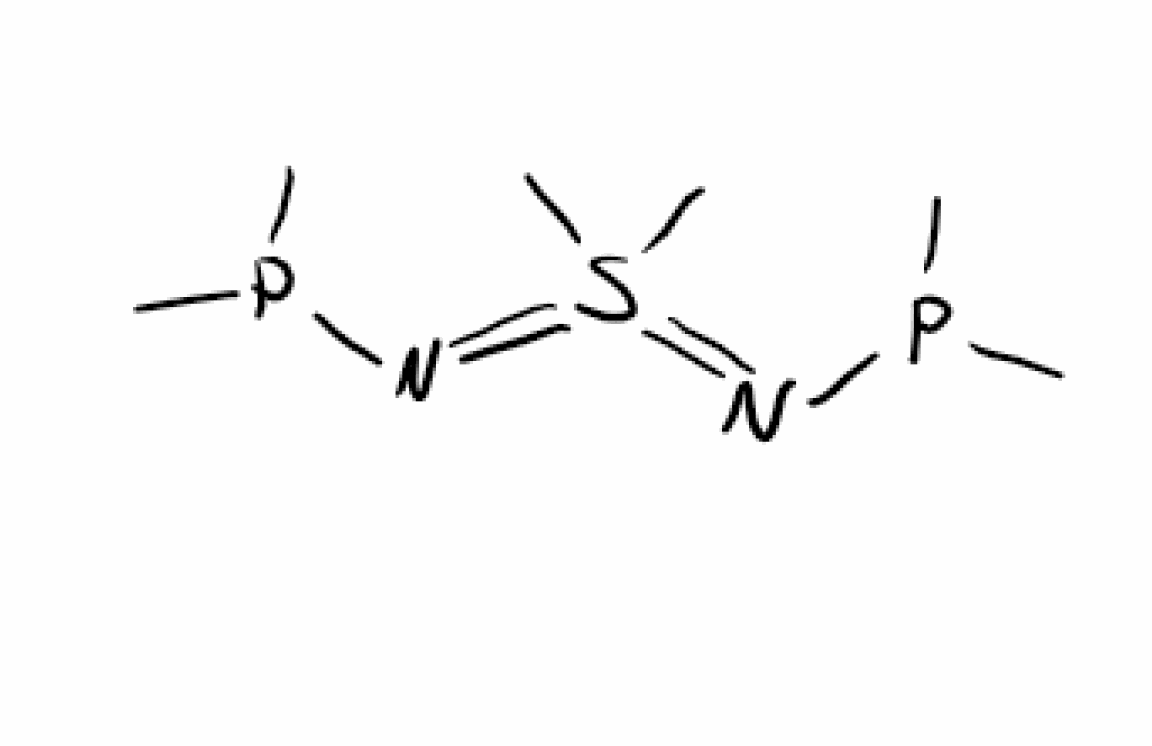
Simplified molecular-input line-entry system (SMILES) notation of the given molecule:
CP(C)N=S(=NP(C)C)(C)C